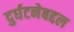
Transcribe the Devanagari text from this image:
दुर्घटनेबद्दल